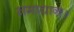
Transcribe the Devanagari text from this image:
समाधान।